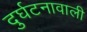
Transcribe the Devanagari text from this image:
दुर्घटनावाली